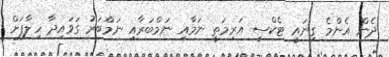
ދެން އެންމެ ގިނައީ ޓެކްސީ އަރިމަތީ ނަމާއި ނަމްބަރާއި ނަމްބަރު ގަވައިދާ ހިލާފަށް